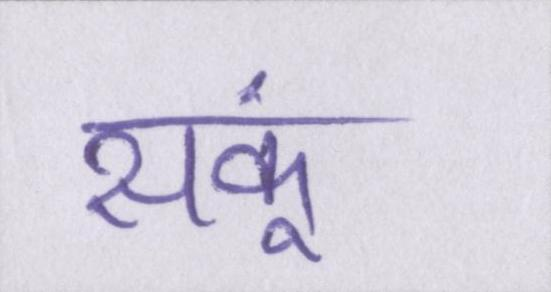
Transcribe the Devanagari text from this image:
सकूं